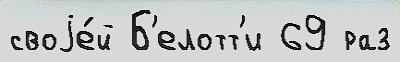
своjе́й Б'елотт'и 69 раз